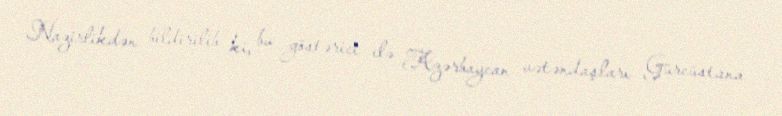
Nazirlikdən bildirilib ki, bu göstərici ilə Azərbaycan vətəndaşları Gürcüstana